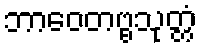
ဘာဝေတဗ္ဗသုတ္တံ